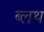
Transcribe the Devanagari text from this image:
ब्लथ